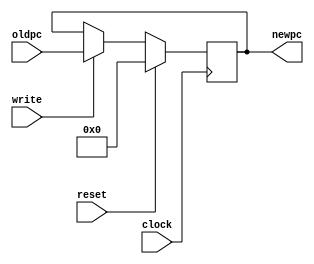
module PC(clock, write, reset, oldpc, newpc);
	input clock;
	input write;
	input reset;
	input [63:0] oldpc;

	output reg [63:0] newpc;

	always @ (posedge clock) begin
		
		if(reset)
			newpc = 0;
		else if(write)
			newpc = oldpc;
	end

endmodule